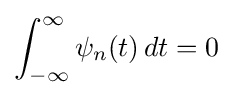
\int _{-\infty }^{\infty }\psi _{n}(t)\,dt=0